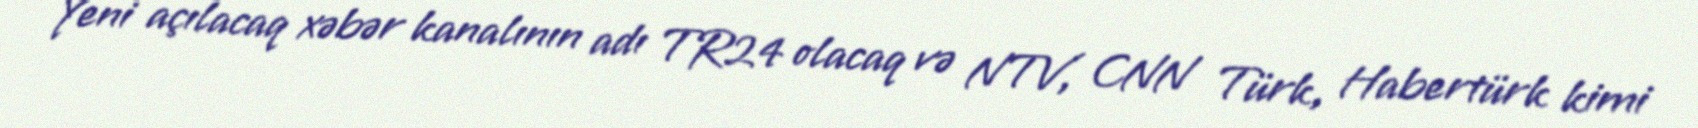
Yeni açılacaq xəbər kanalının adı TR24 olacaq və NTV, CNN Türk, Habertürk kimi